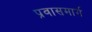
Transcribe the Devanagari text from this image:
प्रवासमार्ग